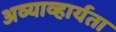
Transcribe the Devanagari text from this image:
अव्याव्हार्यता